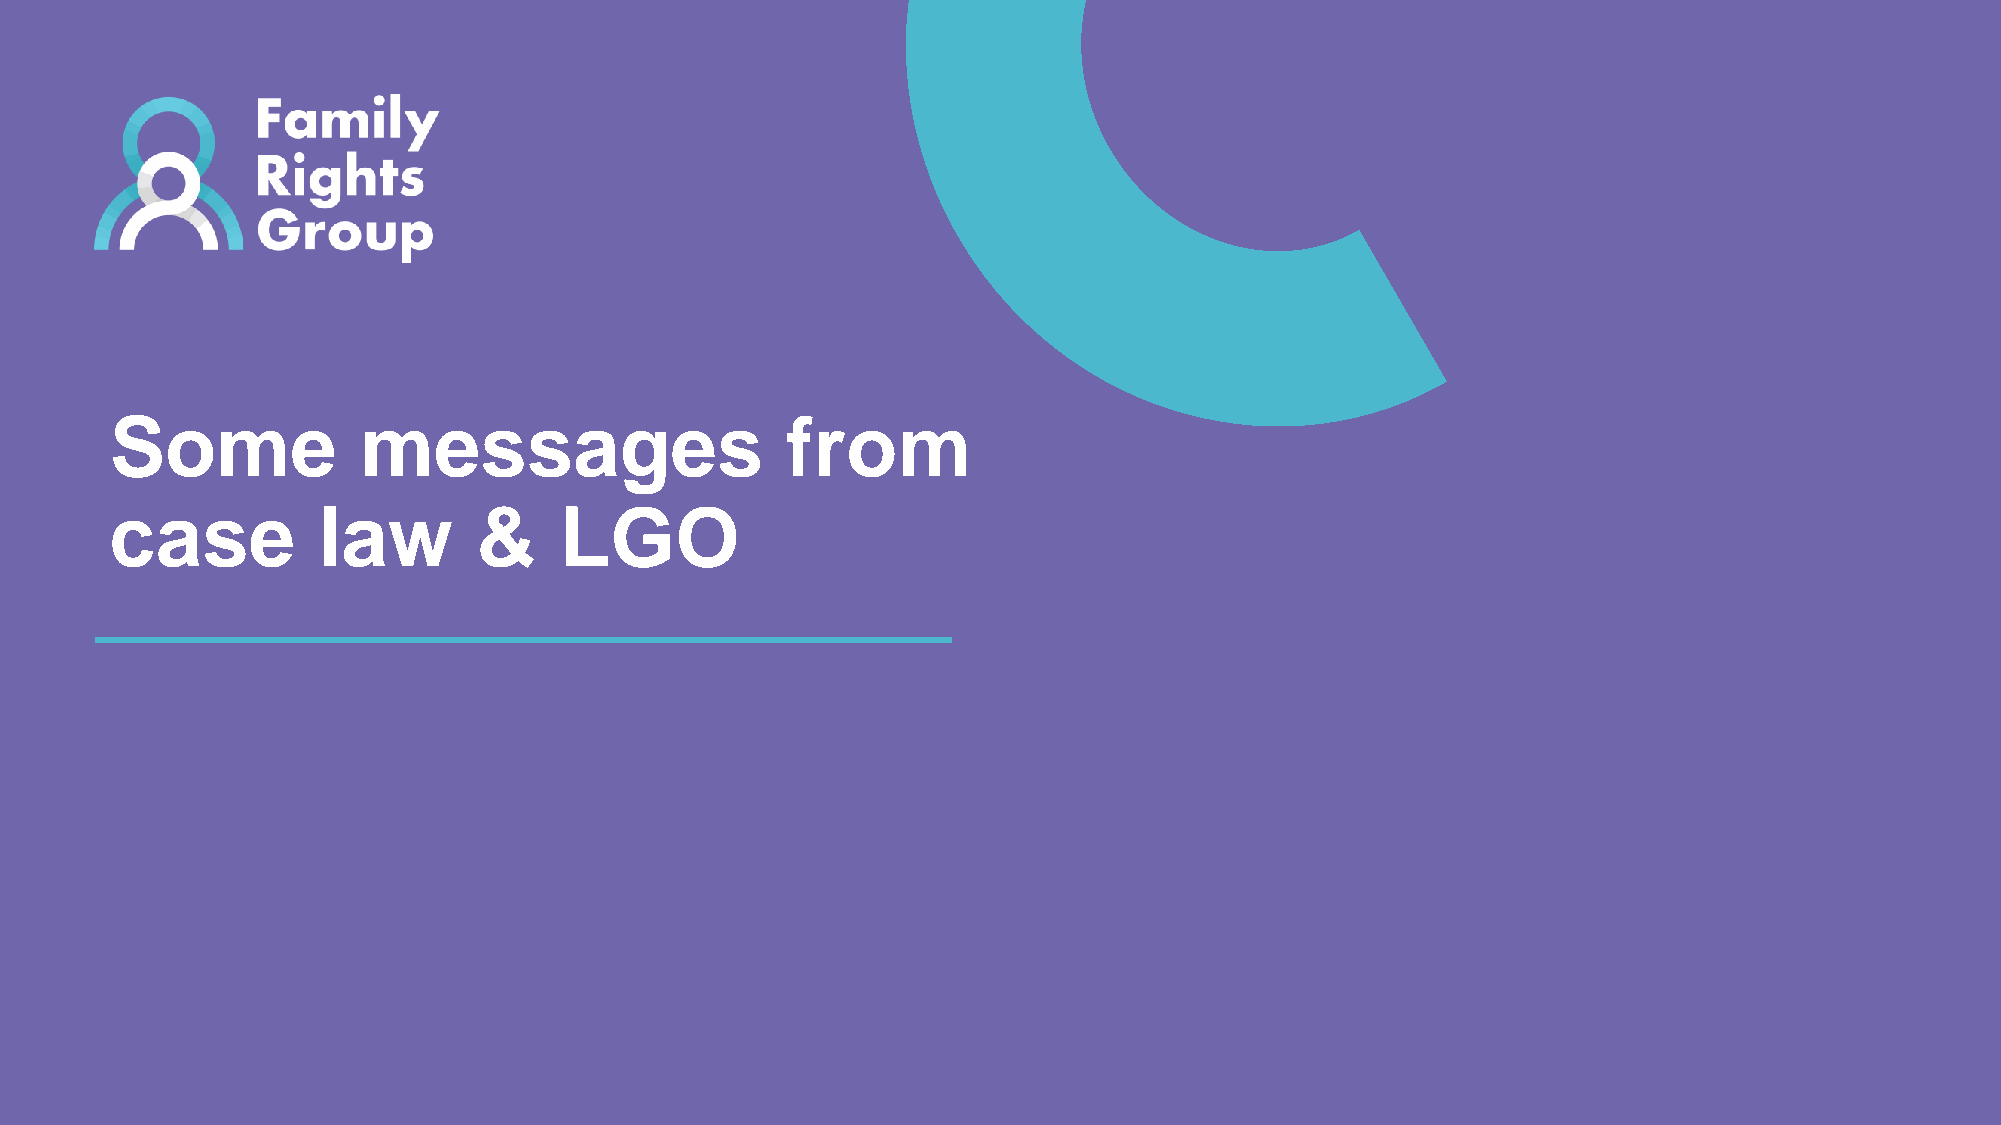
Some             messages                    from
 case          law       &     LGO